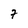
Character: 7